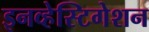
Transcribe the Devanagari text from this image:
इनव्हेस्टिगेशन